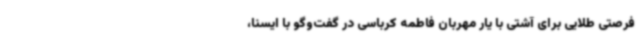
فرصتی طلایی برای آشتی با یار مهربان فاطمه کرباسی در گفت‌وگو با ایسنا،